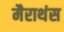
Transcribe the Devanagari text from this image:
मैराथंस